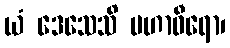
ယံ ဒေသေသိ မဟာဝီရော၊